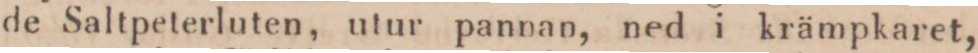
de Saltpeterluten, utur pannan, ned i krämpkaret,